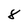
Character: 8